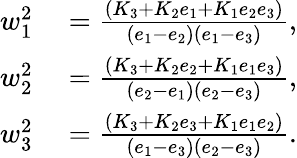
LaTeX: \begin{array}{rl}{w_{1}^{2}}&{{}=\frac{(K_{3}+K_{2}e_{1}+K_{1}e_{2}e_{3})}{(e_{1}-e_{2})(e_{1}-e_{3})},}\\ {w_{2}^{2}}&{{}=\frac{(K_{3}+K_{2}e_{2}+K_{1}e_{1}e_{3})}{(e_{2}-e_{1})(e_{2}-e_{3})},}\\ {w_{3}^{2}}&{{}=\frac{(K_{3}+K_{2}e_{3}+K_{1}e_{1}e_{2})}{(e_{1}-e_{3})(e_{2}-e_{3})}.}\end{array}